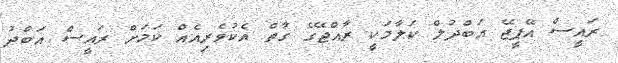
ރައީސް އޭޕީޖޭ އަބްދުލް ކަލާމަކީ ރާއްޖޭގެ ގާތް އެކުވެރިއެއް ކަމަށް ރައީސް އަބްދު